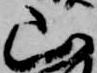
山